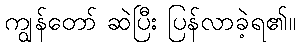
ကျွန်တော် ဆဲပြီး ပြန်လာခဲ့ရ၏။